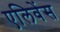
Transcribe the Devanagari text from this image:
एलिवेंस